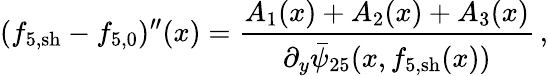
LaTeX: (f_{5,\mathrm{sh}}-{f}_{5,0})^{\prime\prime}(x)=\frac{A_{1}(x)+A_{2}(x)+A_{3}(x)}{\partial_{y}\bar{\psi}_{25}(x,f_{5,\mathrm{sh}}(x))}\, ,